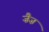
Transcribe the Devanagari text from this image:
ज़ैज़